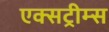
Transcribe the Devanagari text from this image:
एक्सट्रीम्स